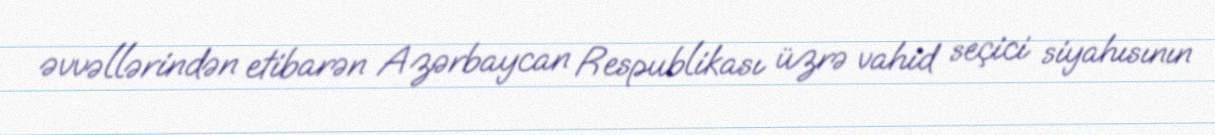
əvvəllərindən etibarən Azərbaycan Respublikası üzrə vahid seçici siyahısının